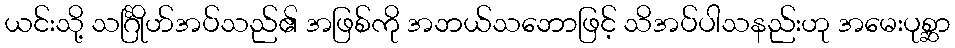
ယင်းသို့ သင်္ဂြိုဟ်အပ်သည်၏ အဖြစ်ကို အဘယ်သဘောဖြင့် သိအပ်ပါသနည်းဟု အမေးပုစ္ဆာ